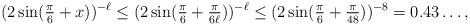
LaTeX: \begin{align*}(2 \sin(\tfrac{\pi}{6} + x))^{-\ell} \leq (2 \sin(\tfrac{\pi}{6} + \tfrac{\pi}{6 \ell}))^{-\ell} \leq (2 \sin(\tfrac{\pi}{6} + \tfrac{\pi}{48}))^{-8} = 0.43\dots,\end{align*}